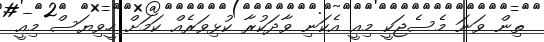
ތިން ވަނަ މެސެޖަކީ މިއީ އެކަނި ވާދަކުރާ ކުޅިވަރެއް ކަމަށް ހީވިޔަސް މިއީ